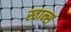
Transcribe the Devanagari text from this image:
स्वान्स